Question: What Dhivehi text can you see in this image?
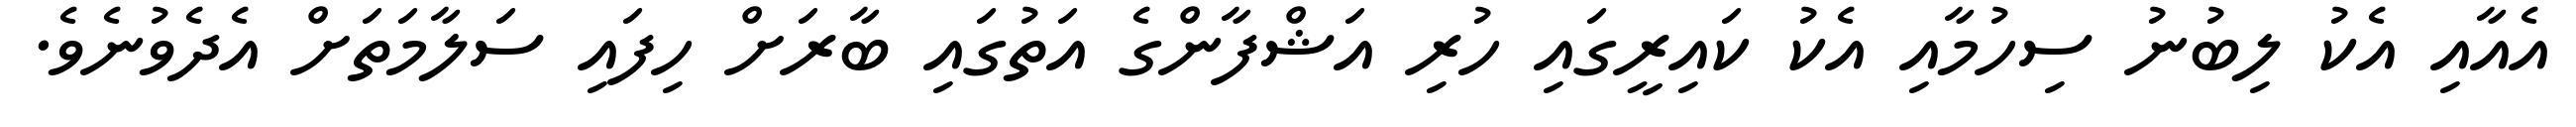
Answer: އެއާއި އެކު ލިބުނު ސިހުމާއި އެކު ކައިރީގައި ހުރި އަޝްފާންގެ އަތުގައި ބާރަށް ހިފައި ސަލާމަތަށް އެދެވުނެވެ.